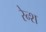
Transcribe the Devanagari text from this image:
रेन्श